Leaving Certificate Examination (including Day School Certificate (Higher) General paper), 1927
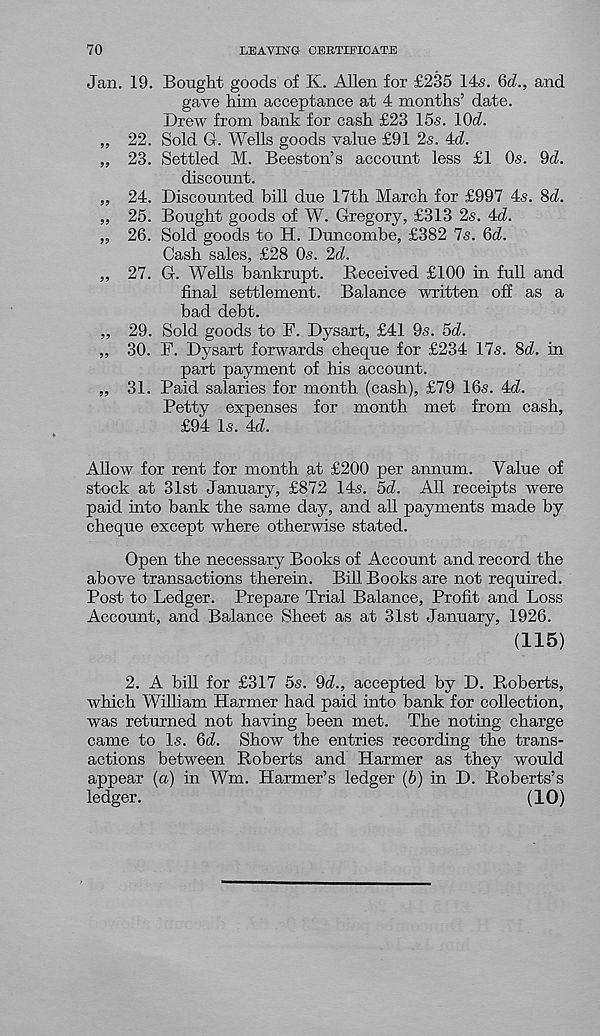
70
LEAVING CERTIFICATE
19. Bought goods of K. Allen for £235 14s. 6ri., and
gave him acceptance at 4 months’ date.
Drew from hank for cash £23 15s. lOd.
22. Sold G. Wells goods value £91 2s. 4d.
23. Settled M. Beeston’s account less £1 Os. 9d.
discount.
24. Discounted bill due 17th March for £997 4s. Sd.
25. Bought goods of W. Gregory, £313 2s. 4d.
26. Sold goods to H. Duncombe, £382 7s. 6d.
Cash sales, £28 Os. 2d.
27. G. Wells bankrupt. Received £100 in full and
final settlement. Balance written off as a
bad debt.
29. Sold goods to F. Dysart, £41 9s. 5d.
30. F. Dysart forwards cheque for £234 17s. 8d. in
part payment of his account.
31. Paid salaries for month (cash), £79 16s. 4d.
Petty expenses for month met from cash,
£94 Is. 4d.
Allow for rent for month at £200 per annum. Value of
stock at 31st January, £872 14s. 5d. All receipts were
paid into bank the same day, and all payments made by
cheque except where otherwise stated.
Open the necessary Books of Account and record the
above transactions therein. Bill Books are not required.
Post to Ledger. Prepare Trial Balance, Profit and Loss
Account, and Balance Sheet as at 31st January, 1926.
(115)
2. A hill for £317 5s. 9d., accepted by D. Roberts,
which William Harmer had paid into hank for collection,
was returned not having been met. The noting charge
came to Is. 6d. Show the entries recording the trans-
actions between Roberts and Harmer as they would
appear (a) in Wm. Harmer’s ledger (b) in D. Roberts’s
ledger.
(10)
Jan.
??
??
??
??
??
??
??
??
??